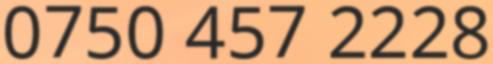
0750 457 2228